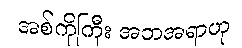
အစ်ကိုကြီး အဘအရာဟု